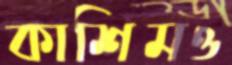
কাশিমও